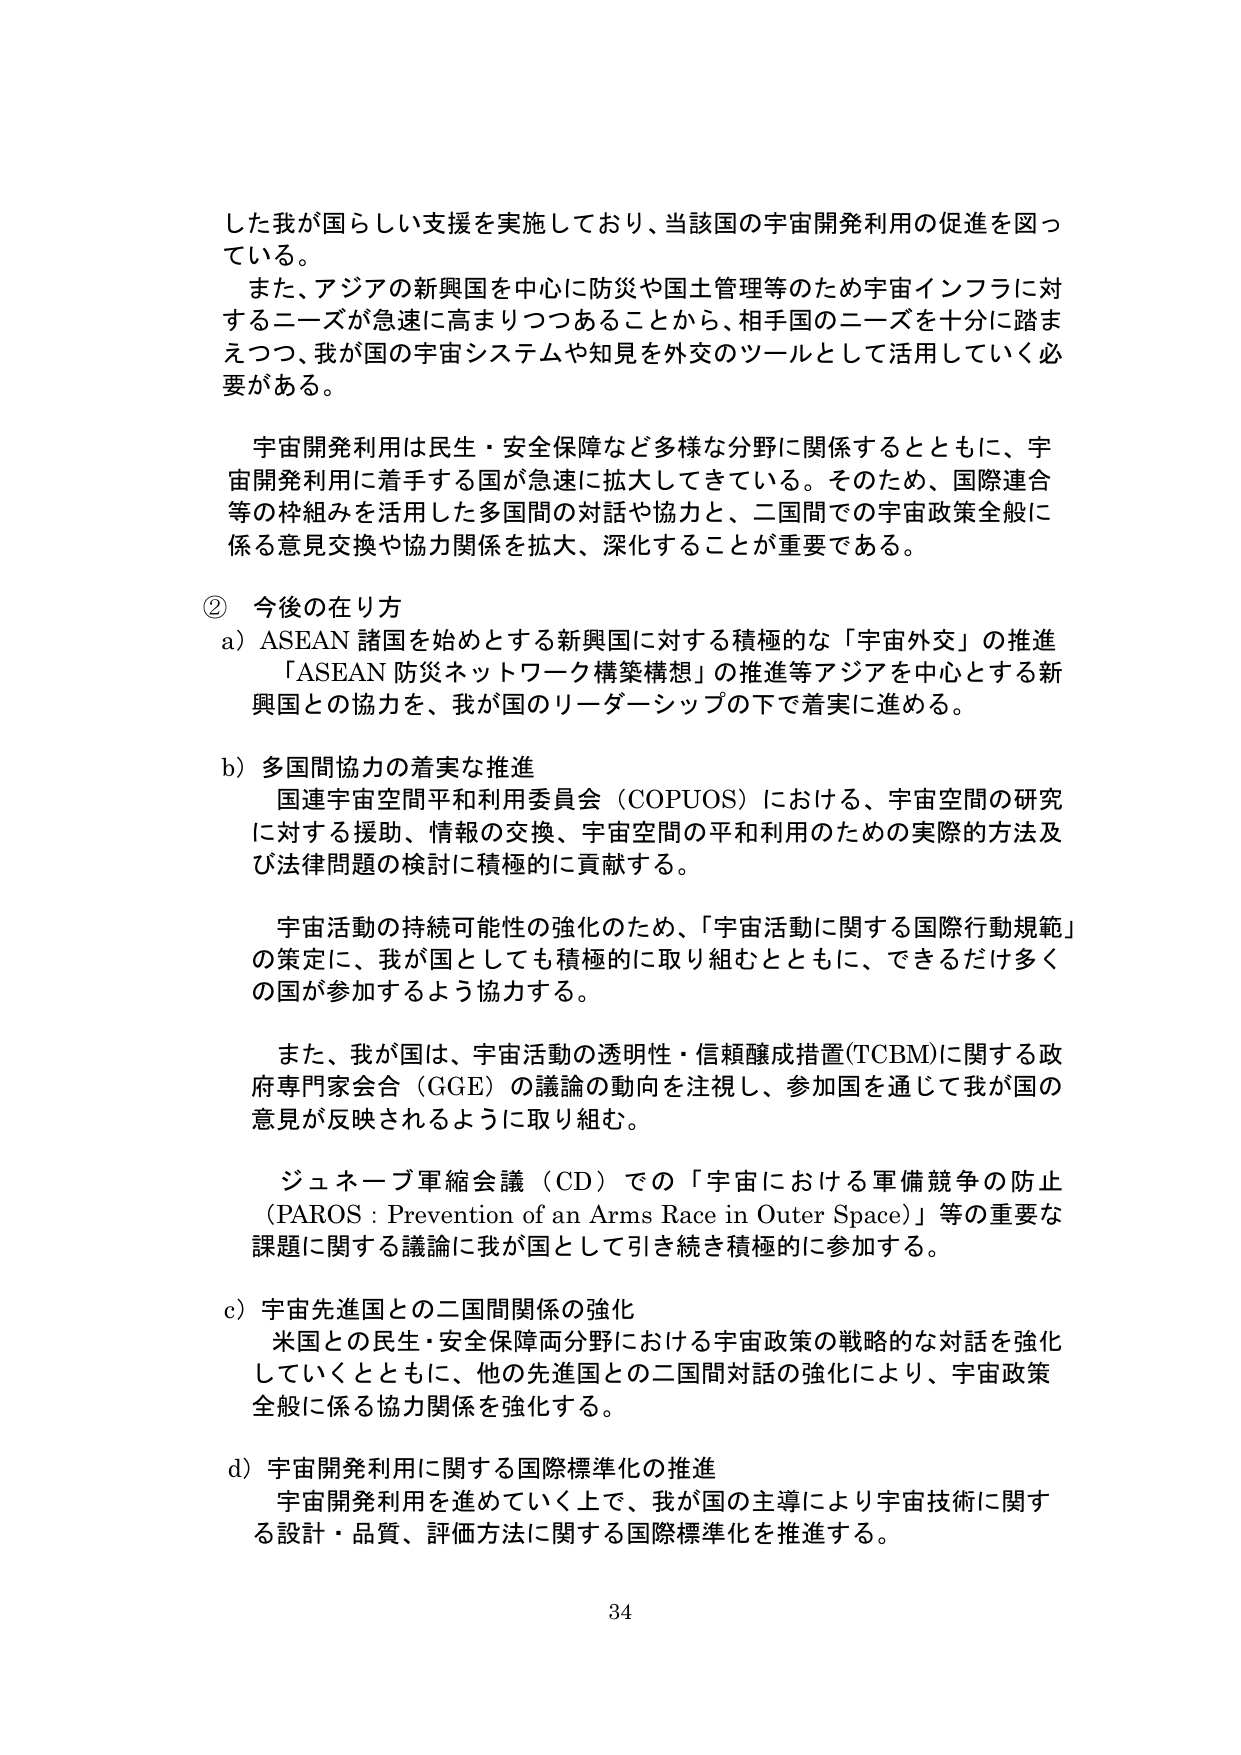
した我が国らしい支援を実施しており、当該国の宇宙開発利用の促進を図っている。

また、アジアの新興国を中心に防災や国土管理等のため宇宙インフラに対するニーズが急速に高まりつつあることから、相手国のニーズを十分に踏まえつつ、我が国の宇宙システムや知見を外交のツールとして活用していく必要がある。

宇宙開発利用は民生・安全保障など多様な分野に関係するとともに、宇宙開発利用に着手する国が急速に拡大してきている。そのため、国際連合等の枠組みを活用した多国間の対話や協力と、二国間での宇宙政策全般に係る意見交換や協力関係を拡大、深化することが重要である。

② 今後の在り方

a) ASEAN 諸国を始めとする新興国に対する積極的な「宇宙外交」の推進
「ASEAN 防災ネットワーク構築構想」の推進等アジアを中心とする新興国との協力を、我が国のリーダーシップの下で着実に進める。

b) 多国間協力の着実な推進
国連宇宙空間平和利用委員会（COPUOS）における、宇宙空間の研究に対する援助、情報の交換、宇宙空間の平和利用のための実際的方法及び法律問題の検討に積極的に貢献する。

宇宙活動の持続可能性の強化のため、「宇宙活動に関する国際行動規範」の策定に、我が国としても積極的に取り組むとともに、できるだけ多くの国が参加するよう協力する。

また、我が国は、宇宙活動の透明性・信頼醸成措置(TCBM)に関する政府専門家会合（GGE）の議論の動向を注視し、参加国を通じて我が国の意見が反映されるように取り組む。

ジュネーブ軍縮会議（CD）での「宇宙における軍備競争の防止（PAROS : Prevention of an Arms Race in Outer Space）」等の重要な課題に関する議論に我が国として引き続き積極的に参加する。

c) 宇宙先進国との二国間関係の強化
米国との民生・安全保障両分野における宇宙政策の戦略的な対話を強化していくとともに、他の先進国との二国間対話の強化により、宇宙政策全般に係る協力関係を強化する。

d) 宇宙開発利用に関する国際標準化の推進
宇宙開発利用を進めていく上で、我が国の主導により宇宙技術に関する設計・品質、評価方法に関する国際標準化を推進する。

34